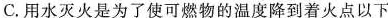
C.用水灭火是为了使可燃物的温度降到着火点以下